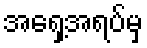
အရှေ့အရပ်မှ